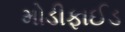
મોડીફાઈડ